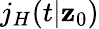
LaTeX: j_{H}(t|\mathbf{z}_{0})